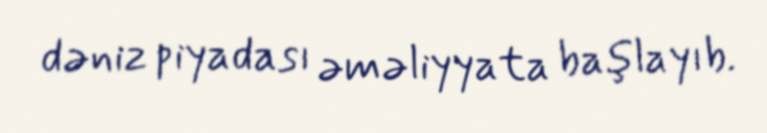
dəniz piyadası əməliyyata başlayıb.